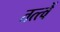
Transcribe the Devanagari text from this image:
तत्त्वें